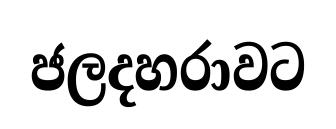
ජලදහරාවට